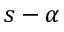
s - \alpha